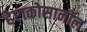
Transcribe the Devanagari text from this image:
हेप्टाकोसानॉल